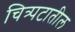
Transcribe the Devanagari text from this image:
चित्र्पटातील